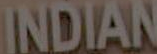
INDIAN